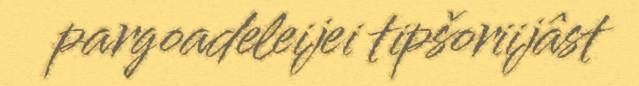
pargoadeleijei tipšoriijâst